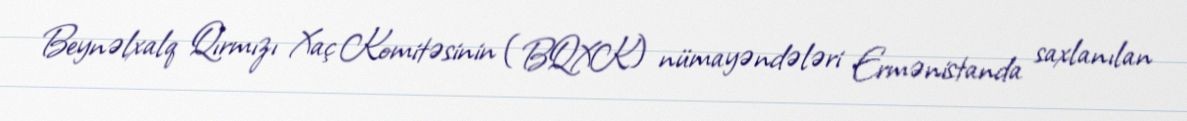
Beynəlxalq Qırmızı Xaç Komitəsinin (BQXK) nümayəndələri Ermənistanda saxlanılan